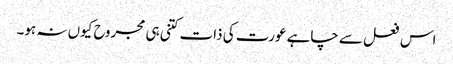
اس فعل سے چاہے عورت کی ذات کتنی ہی مجروح کیوں نہ ہو۔